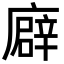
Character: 廦